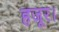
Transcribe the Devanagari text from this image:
हजूर।